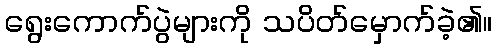
ရွေးကောက်ပွဲများကို သပိတ်မှောက်ခဲ့၏။